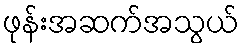
ဖုန်းအဆက်အသွယ်